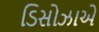
ડિસોઝાએ